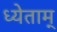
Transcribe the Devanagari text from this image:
ध्येताम्